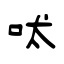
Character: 吠